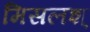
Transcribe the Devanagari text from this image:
मिसलश्